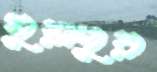
সুয়াপুর